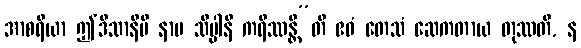
အာစရိယာ ဤဒိသာနိပိ နာမ သိပ္ပါနိ ကရိဿန္တီ”တိ ဧဝံ တေသံ ဆေကတာယ တုဿတိ, န